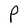
Character: P